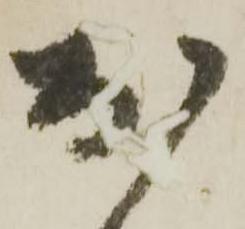
於